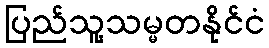
ပြည်သူ့သမ္မတနိုင်ငံ